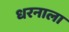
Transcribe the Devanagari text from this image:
धरनाला